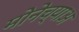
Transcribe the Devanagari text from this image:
मोनेच्याअ